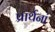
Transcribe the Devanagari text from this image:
प्रार्थनां